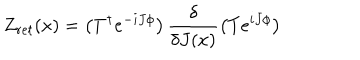
Z _ { r e t } ( x ) = \left( T ^ { \dagger } e ^ { - i J \phi } \right) \frac { \delta } { \delta J ( x ) } \left( T e ^ { i J \phi } \right)